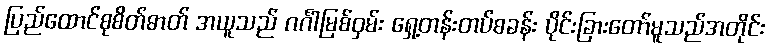
ပြည်ထောင်စုစိတ်ဓာတ် အယူသည် ဂင်္ဂါမြစ်ဝှမ်း ရှေ့တန်းတပ်စခန်း ပိုင်းခြားတော်မူသည်အတိုင်း